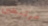
مرتبطين